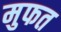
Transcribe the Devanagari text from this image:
मुफत